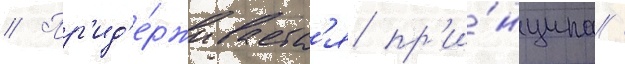
// Пр'ид'е́рживаетс'я пр'и́нципа /